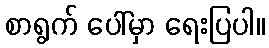
စာရွက် ပေါ်မှာ ရေးပြပါ။